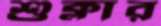
শুক্লার